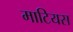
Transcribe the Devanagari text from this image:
माटियस